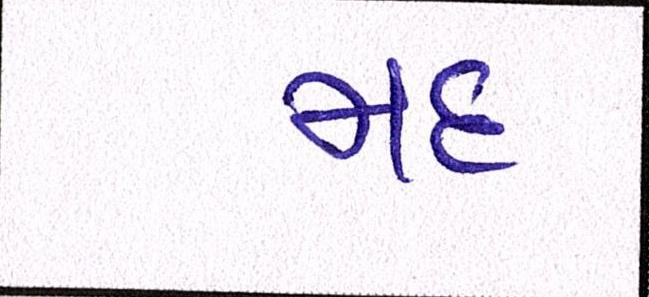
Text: મદ